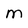
Character: M